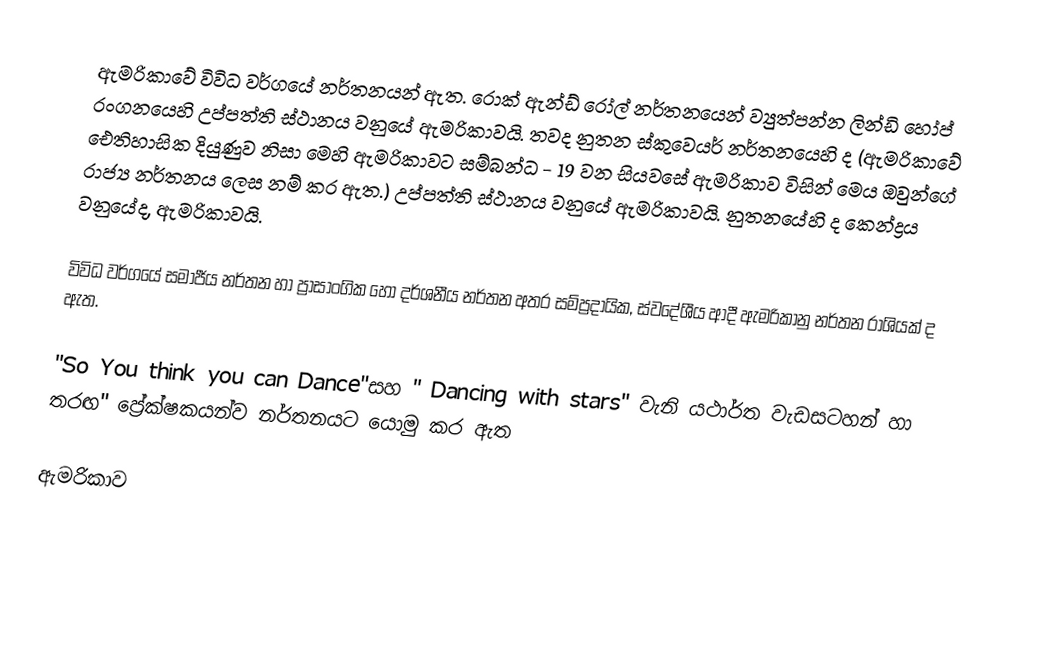
ඇමරිකාවේ විවිධ වර්ගයේ නර්තනයන් ඇත. රොක් ඇන්ඩ් රෝල් නර්තනයෙන් ව්‍යුත්පන්න ලින්ඩි හෝප් රංගනයෙහි උප්පත්ති ස්ථානය වනු‍යේ ඇමරිකාවයි. තවද නුතන ස්කුවෙයර් නර්තනයෙහි ද (ඇමරිකාවේ ඓතිහාසික දියුණුව නිසා මෙහි ඇමරිකාවට සම්බන්ධ - 19 වන සියවසේ ඇමරිකාව විසින් මෙය ඔවුන්ගේ රාජ්‍ය නර්තනය ලෙස නම් කර ඇත.) උප්පත්ති ස්ථානය වනුයේ ඇමරිකාවයි. නුතනයේහි ද කෙන්ද්‍රය වනුයේද, ඇමරිකාවයි.

විවිධ වර්ගයේ සමාජීය නර්තන හා ප්‍රාසාංගික හෝ දර්ශනීය නර්තන අතර සම්ප්‍රදායික, ස්වදේශීය ආදී ඇමරිකානු නර්තන රාශියක් ද ඇත.

"So You think you can Dance"සහ " Dancing with stars" වැනි යථාර්ත වැඩසටහන් හා  තරඟ" ප්‍රේක්ෂකයන්ව නර්තනයට යොමු කර ඇත

ඇමරිකාව